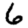
Digit: 6